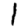
Digit: 1